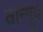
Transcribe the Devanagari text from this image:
तान्गूद